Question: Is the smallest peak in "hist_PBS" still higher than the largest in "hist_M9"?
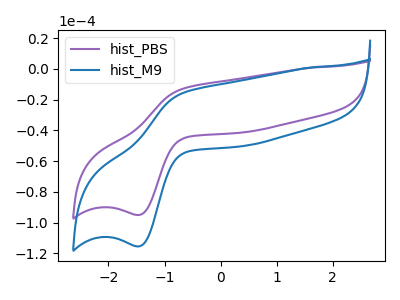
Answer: <think>The purple curve "hist_PBS" has an anodic peak at (-0.65V, -12.85uA) and a cathodic peak at (-1.45V, -94.95uA). The blue curve "hist_M9" has an anodic peak at (-0.65V, -15.60uA) and a cathodic peak at (-1.45V, -115.35uA).</think>
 <answer>The peaks in "hist_PBS" are neither all higher or all lower than the peaks in "hist_M9".</answer>
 <eval>mixed</eval>